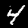
Digit: 4